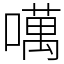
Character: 噧